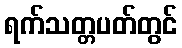
ရက်သတ္တပတ်တွင်